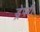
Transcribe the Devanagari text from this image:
ड्रेपरी